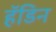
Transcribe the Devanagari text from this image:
हॅडिन